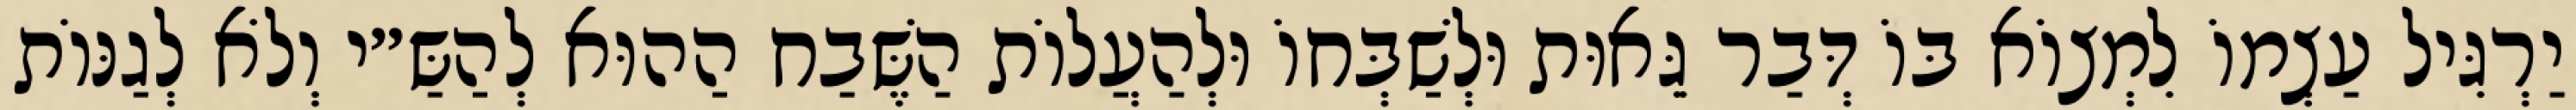
יַרְגִּיל עַצְמוֹ לִמְצוֹא בּוֹ דְּבַר גֵּאוּת וּלְשַׁבְּחוֹ וּלְהַעֲלוֹת הַשֶּׁבַח הַהוּא לְהַשַּ״י וְלֹא לְגַנּוֹת